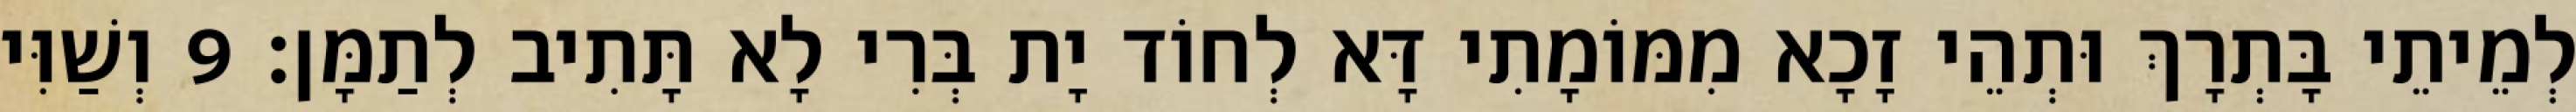
לְמֵיתֵי בָּתְרָךְ וּתְהֵי זָכָא מִמּוֹמָתִי דָּא לְחוֹד יָת בְּרִי לָא תָּתִיב לְתַמָּן׃ 9 וְשַׁוִּי